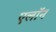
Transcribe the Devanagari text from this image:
एलाॅन